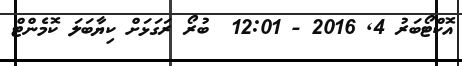
އޮކްޓޯބަރު 4